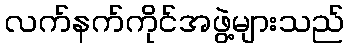
လက်နက်ကိုင်အဖွဲ့များသည်